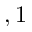
, 1